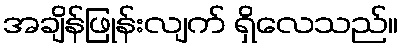
အချိန်ဖြုန်းလျက် ရှိလေသည်။